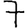
Digit: 7